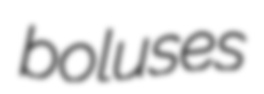
boluses